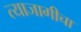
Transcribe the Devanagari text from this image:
त्याजागीचा